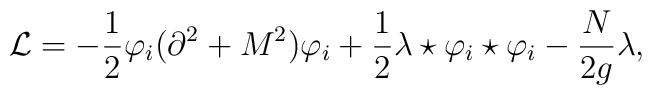
{\cal L} =-\frac12\varphi_i (\partial^2 + M^2)\varphi_i + \frac12\lambda\star \varphi_i \star \varphi_i - \frac{N}{2g}\lambda,